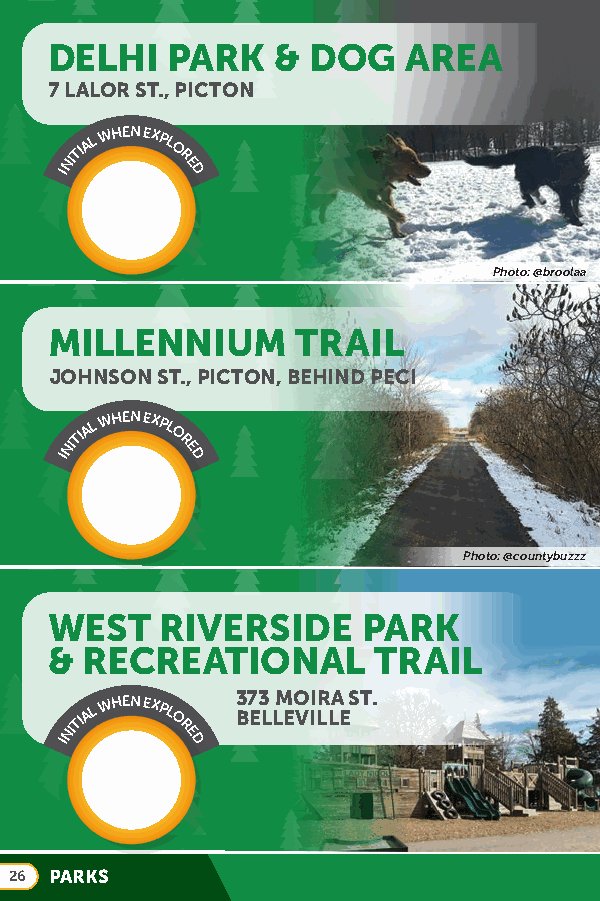
LDEOEMLINHSTIE PR PAARRKKS: & DOG AREA
 SHOLAN     FARM
 7 LALOR ST., PICTON
 INITIAL
 WHEN EXPL
 O
 R
 E
 D
 Photo: @broolaa
 MILLENNIUM       TRAIL
 JOHNSON ST., PICTON, BEHIND PECI
 INITIAL
 WHEN EXPL
 O
 R
 E
 D
 Photo: @countybuzzz
 WEST    RIVERSIDE    PARK
 & RECREATIONAL        TRAIL
 INITIAL
 WHEN EXPL
 O
 R
 E
 D
 3 B7 E3
 L
 LM EO VII LR LA
 E
 ST.
 26 PARKS